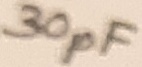
Text: 30pF